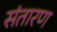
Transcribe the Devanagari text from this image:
संतारण